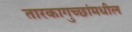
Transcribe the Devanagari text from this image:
तारकागुच्छांमधील